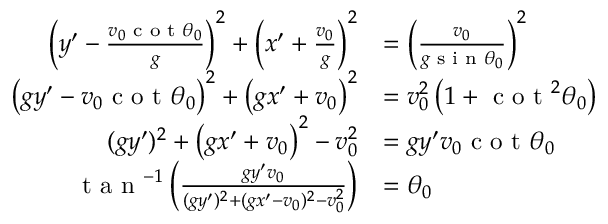
\begin{array} { r l } { \left( y ^ { \prime } - \frac { v _ { 0 } \textrm { c o t } \theta _ { 0 } } { g } \right) ^ { 2 } + \left( x ^ { \prime } + \frac { v _ { 0 } } { g } \right) ^ { 2 } } & { = \left( \frac { v _ { 0 } } { g \textrm { s i n } \theta _ { 0 } } \right) ^ { 2 } } \\ { \left( g y ^ { \prime } - v _ { 0 } \textrm { c o t } \theta _ { 0 } \right) ^ { 2 } + \left( g x ^ { \prime } + v _ { 0 } \right) ^ { 2 } } & { = v _ { 0 } ^ { 2 } \left( 1 + \textrm { c o t } ^ { 2 } \theta _ { 0 } \right) } \\ { ( g y ^ { \prime } ) ^ { 2 } + \left( g x ^ { \prime } + v _ { 0 } \right) ^ { 2 } - v _ { 0 } ^ { 2 } } & { = g y ^ { \prime } v _ { 0 } \textrm { c o t } \theta _ { 0 } } \\ { \textrm { t a n } ^ { - 1 } \left( \frac { g y ^ { \prime } v _ { 0 } } { ( g y ^ { \prime } ) ^ { 2 } + ( g x ^ { \prime } - v _ { 0 } ) ^ { 2 } - v _ { 0 } ^ { 2 } } \right) } & { = \theta _ { 0 } } \end{array}